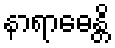
နာရာဓေန္တိ